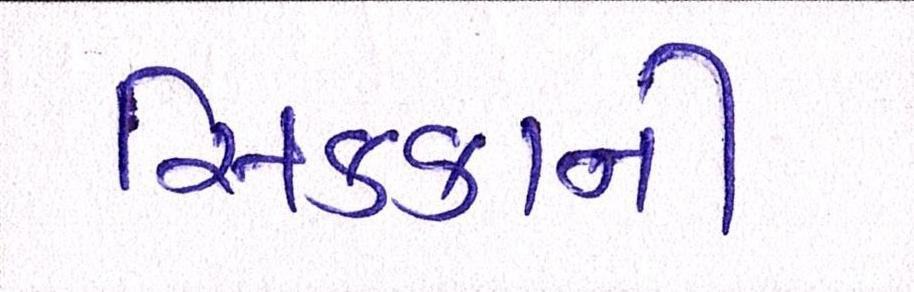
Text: સિક્કાની